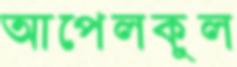
আপেলকুল